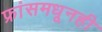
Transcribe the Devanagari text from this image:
फ्रांसमधूनही